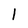
Character: 1